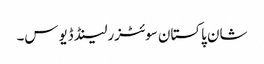
شان پاکستان سوئٹزرلینڈ ڈیوس۔